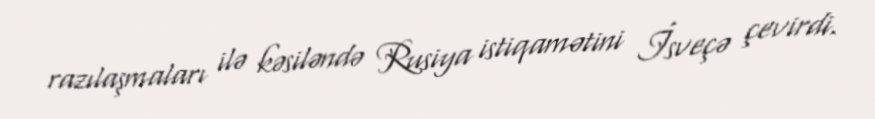
razılaşmaları ilə kəsiləndə Rusiya istiqamətini İsveçə çevirdi.